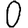
Digit: 0